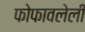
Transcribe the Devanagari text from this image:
फोफावलेली